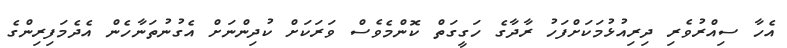
އެހާ ސިއްރުވެރި ދިރިއުޅުމަކަށްފަހު ރާދާގެ ހަގީގަތް ކޮންމެވެސް ވަރަކަށް ކުދިންނަށް އެގުނުތަނާހެން އެދެމަފިރިންގެ